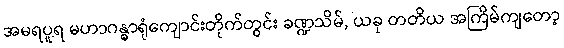
အမရပူရ မဟာဂန္ဓာရုံကျောင်းတိုက်တွင်း ခဏ္ဍသိမ်, ယခု တတိယ အကြိမ်ကျတော့